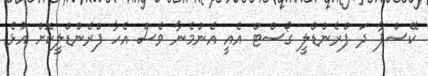
ކޭސްޕާ ދަ ފްރެންޑްލީ ގޯސްޓް އެއީ އެންމެނާ ވެސް އެހާ ފްރެންޑްލީކޮށް އުޅެ